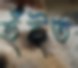
হুঁইত